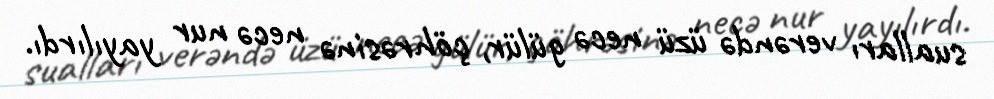
sualları verəndə üzü necə gülür, çöhrəsinə necə nur yayılırdı.